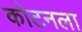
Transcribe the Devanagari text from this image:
कोटनला